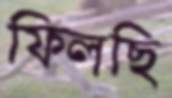
ফিলছি